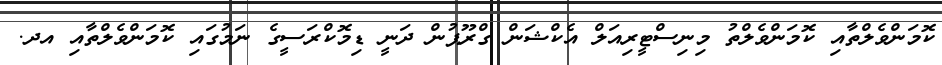
ކޮމަންވެލްތާއި ކޮމަންވެލްތު މިނިސްޓީރިއަލް އެކްޝަން ގްރޫޕުން ދަނީ ޑިމޮކްރަސީގެ ނަމުގައި ކޮމަންވެލްތާއި އދ.